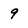
Character: 9